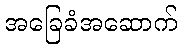
အခြေခံအဆောက်